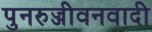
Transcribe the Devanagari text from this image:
पुनरुज्जीवनवादी